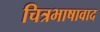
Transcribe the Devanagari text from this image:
चित्रभाषावाद